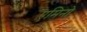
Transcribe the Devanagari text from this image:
एमिनो